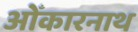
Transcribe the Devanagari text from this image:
ओँकारनाथ